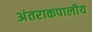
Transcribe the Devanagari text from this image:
अंतराकपालीय